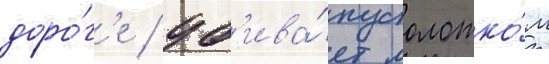
доро́г'е / уб'ива́ет молотко́м